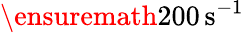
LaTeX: \ensuremath{200\, \mathrm{s}^{-1}}